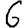
Digit: 6